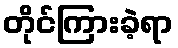
တိုင်ကြားခဲ့ရာ